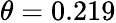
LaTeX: \theta=0.219